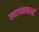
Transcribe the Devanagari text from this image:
स्थापनकर्त्या